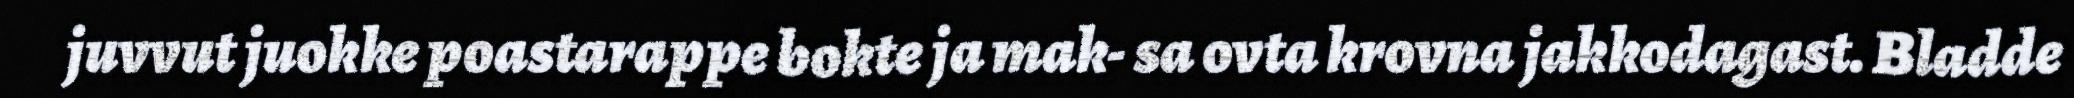
juvvut juokke poastarappe bokte ja mak- sa ovta krovna jakkodagast. Bladde